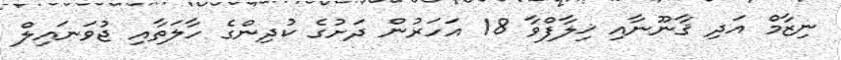
ނިޒާމް އަދި ޤާނޫނާއި ޚިލާފްވާ 18 އަހަރުން ދަށުގެ ކުދިންގެ ހާލަތާއި ޖުވަނައިލް